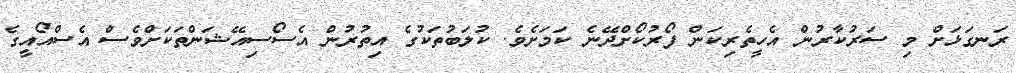
ރަނގަޅަށް މި ސަރުކާރުން އެހީތެރިކަން ފޯރުކޯށްދޭނެ ކަމަށެވެ. ކުލަބުތަކުގެ އިތުރުން އެސޯސިއޭޝަންތަކަށްވެސް އެސްއޯއީގެ